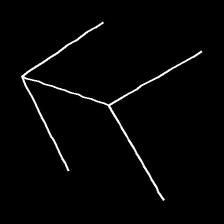
Glyph: gather